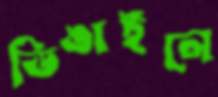
ডিঙাইলে